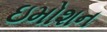
ઇમોશન